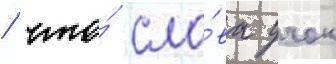
/ что́ сло́ва учок